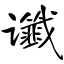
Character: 谶